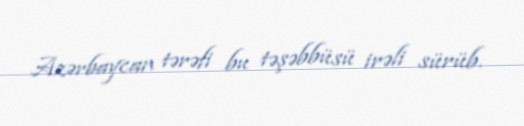
Azərbaycan tərəfi bu təşəbbüsü irəli sürüb.